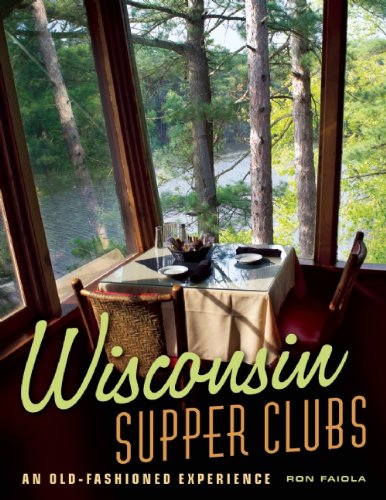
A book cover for Wisconsin Supper Clubs: An Old-Fashioned Experience; Ron Faiola; Cookbooks, Food & Wine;